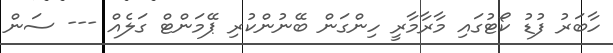
ހާބަރު ފުޑު ކޯޓުގައި މާރާމާރީ ހިންގަން ބޭނުންކުރި ޕޭމަންޓް ގަލެއް --- ސަން